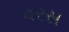
વરસ